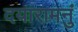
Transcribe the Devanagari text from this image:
दयारामनुं